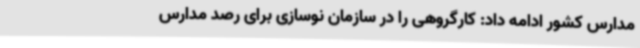
مدارس کشور ادامه داد: کارگروهی را در سازمان نوسازی برای رصد مدارس